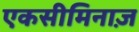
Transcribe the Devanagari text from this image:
एकसीमिनाज़